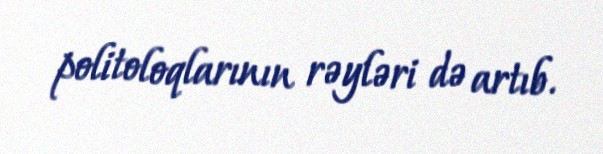
politoloqlarının rəyləri də artıb.